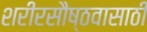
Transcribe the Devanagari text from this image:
शरीरसौष्ठवासाठी